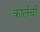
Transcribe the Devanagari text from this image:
कार्लची